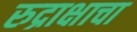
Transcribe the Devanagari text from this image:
रुद्राक्षाचा